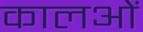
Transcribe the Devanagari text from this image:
कालओं